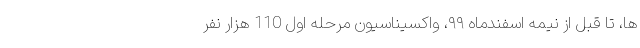
ها، تا قبل از نیمه اسفندماه ۹۹، واکسیناسیون مرحله اول 110 هزار نفر